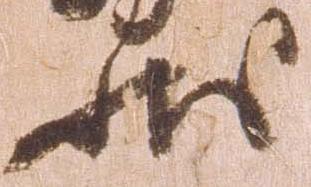
状